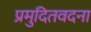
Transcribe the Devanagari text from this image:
प्रमुदितवदना